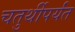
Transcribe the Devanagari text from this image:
चतुर्थीपर्यंत